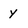
Character: y